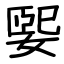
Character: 媐